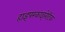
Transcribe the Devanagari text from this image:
हाइपरकाइनेटिक